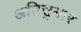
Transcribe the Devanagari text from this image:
अतिसुमार